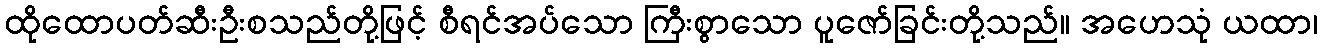
ထိုထောပတ်ဆီးဦးစသည်တို့ဖြင့် စီရင်အပ်သော ကြီးစွာသော ပူဇော်ခြင်းတို့သည်။ အဟေသုံ ယထာ၊